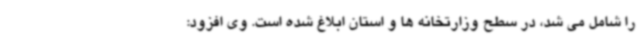
را شامل می شد، در سطح وزارتخانه ها و استان ابلاغ شده است. وی افزود: